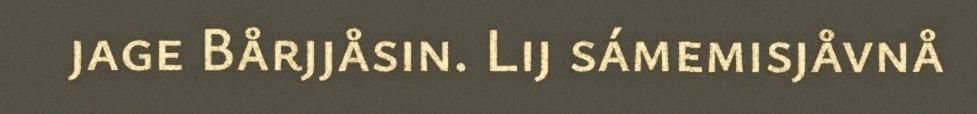
jage Bårjjåsin. Lij sámemisjåvnå